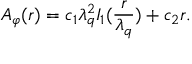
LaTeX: A _ { \varphi } ( r ) = c _ { 1 } \lambda _ { q } ^ { 2 } I _ { 1 } ( \frac r { \lambda _ { q } } ) + c _ { 2 } r .